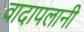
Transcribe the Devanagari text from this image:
वादापलानी